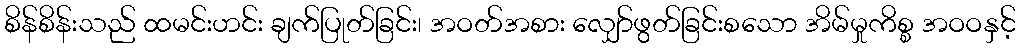
စိန်စိန်းသည် ထမင်းဟင်း ချက်ပြုတ်ခြင်း၊ အဝတ်အစား လျှော်ဖွတ်ခြင်းစသော အိမ်မှုကိစ္စ အဝဝနှင့်